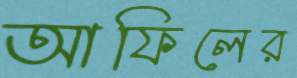
আফিলের